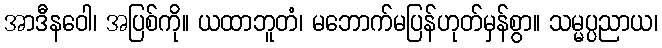
အာဒီနဝေါ၊ အပြစ်ကို။ ယထာဘူတံ၊ မဘောက်မပြန်ဟုတ်မှန်စွာ။ သမ္မပ္ပညာယ၊